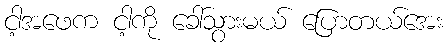
ငါ့အဖေက ငါ့ကို ခေါ်သွားမယ် ပြောတယ်အေး